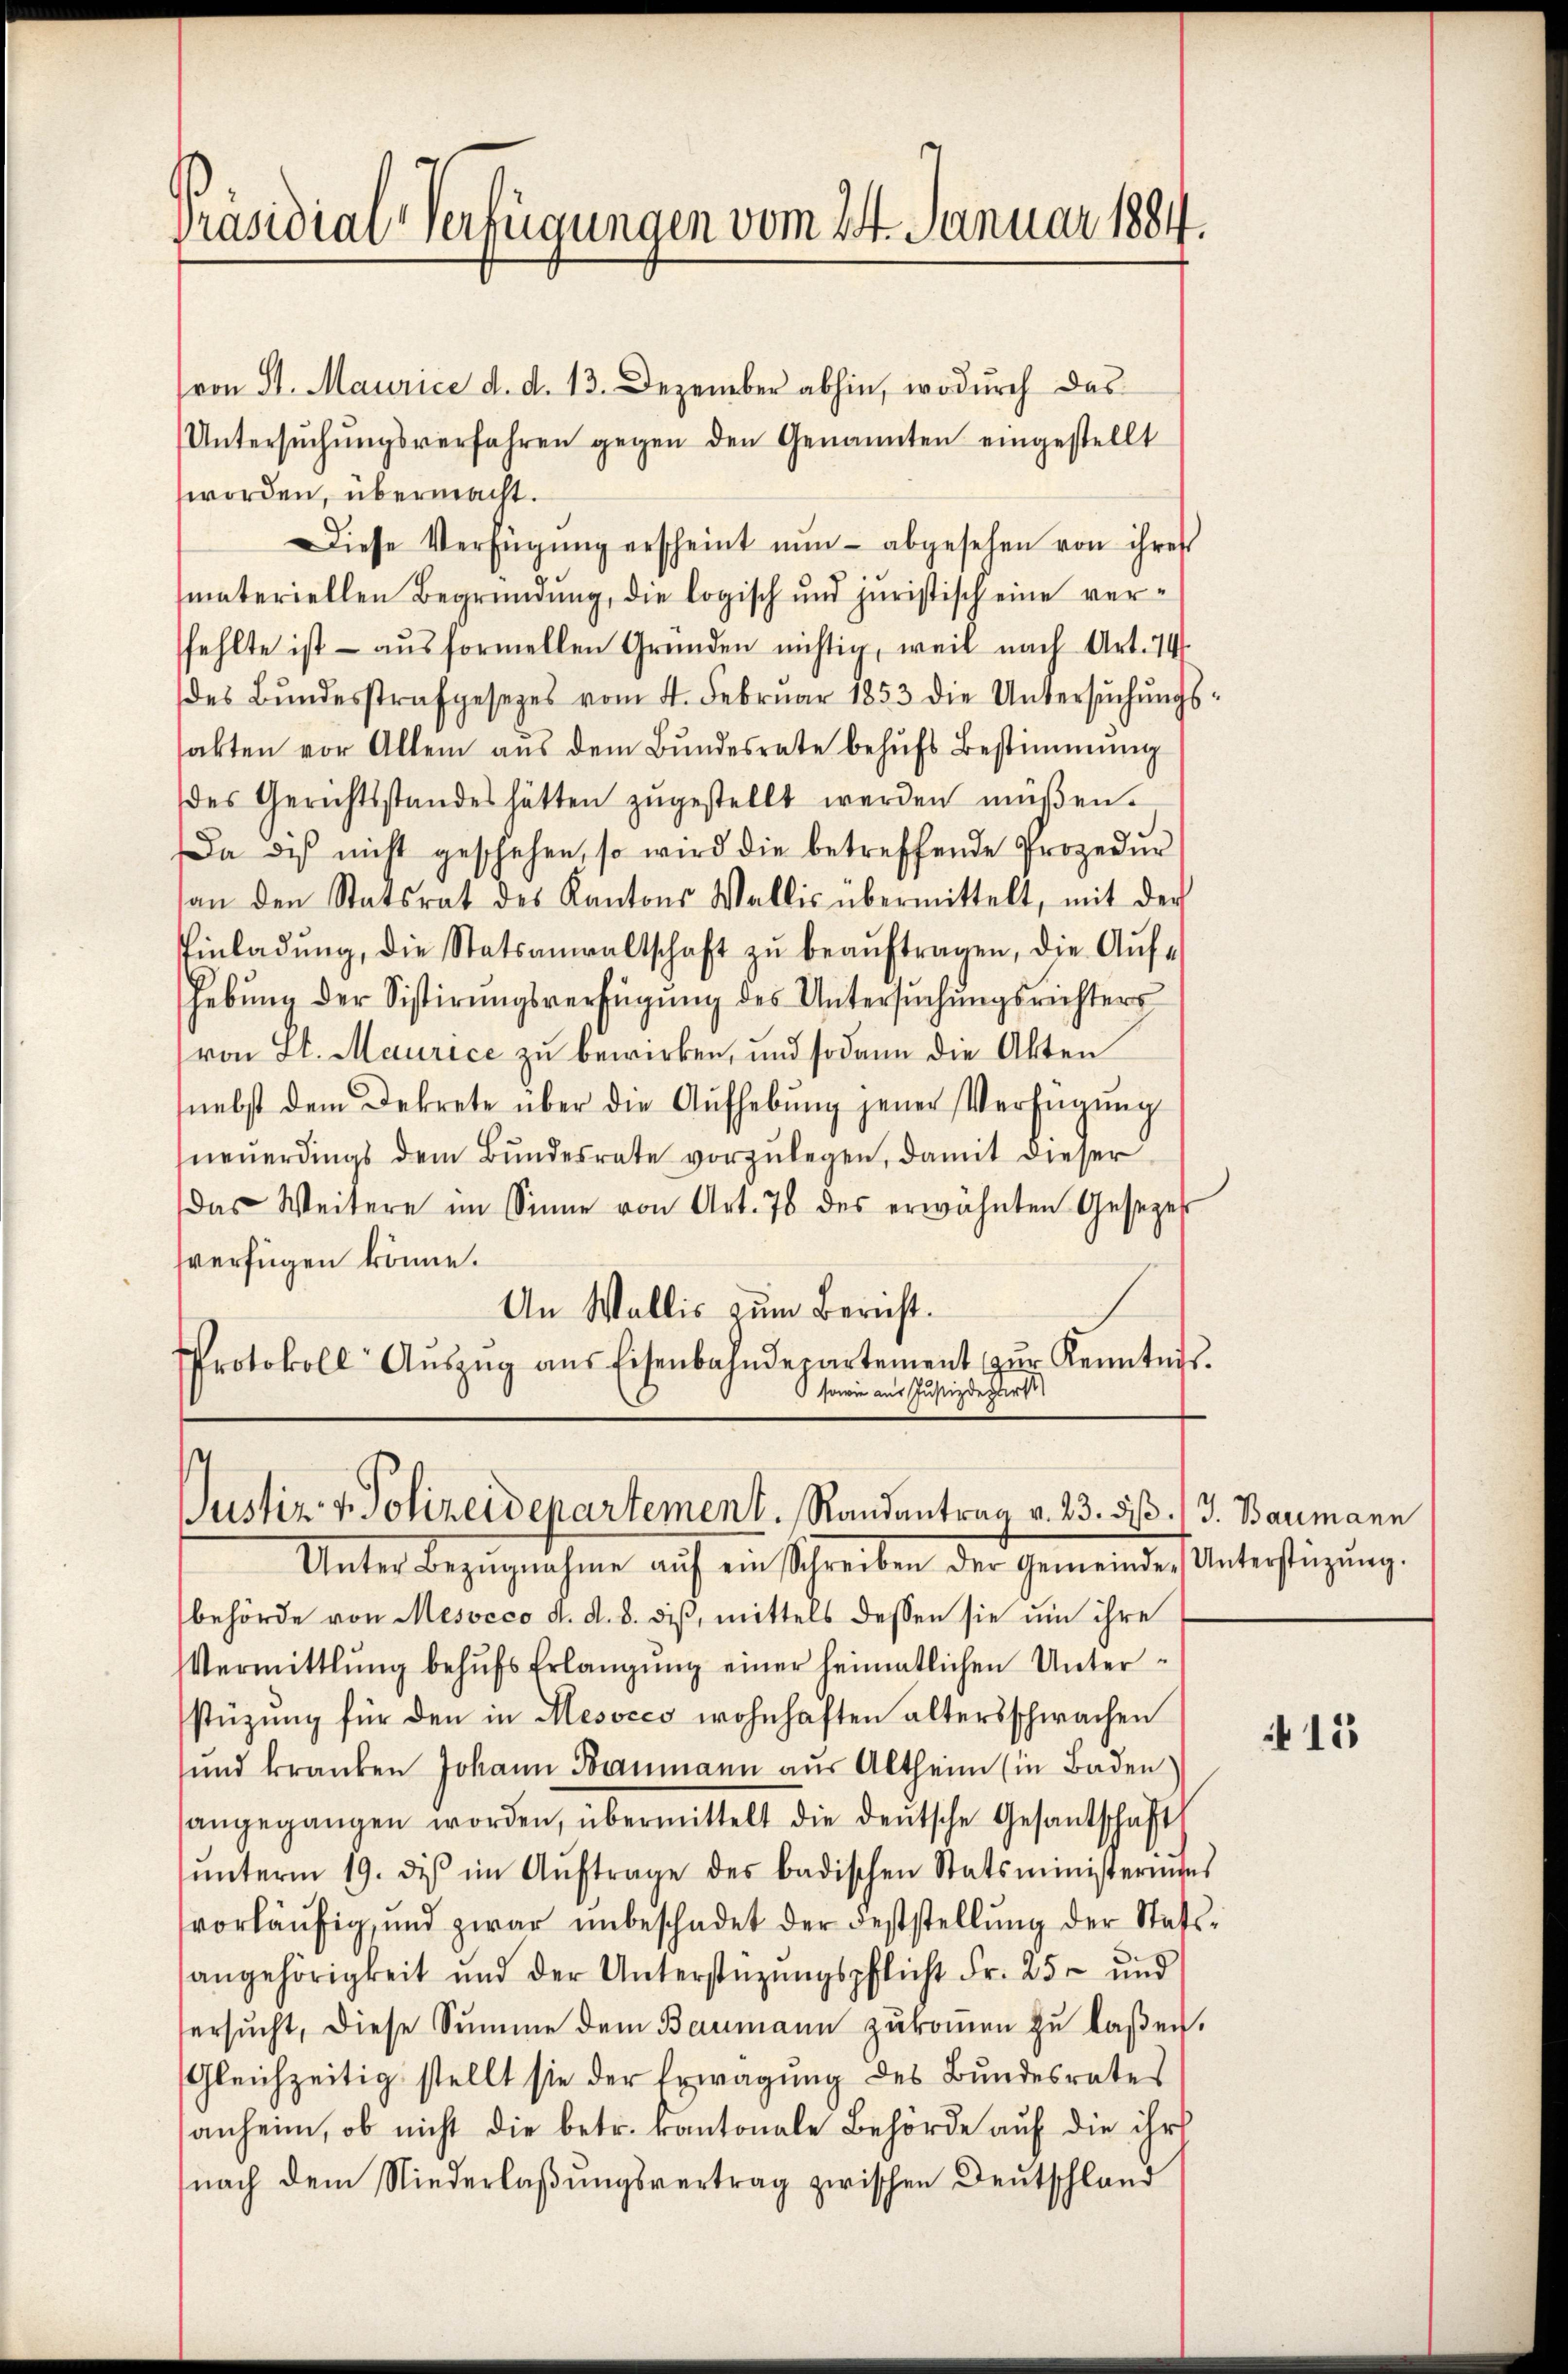
Präsidial-Verfügungen vom 24. Januar 1884.

von St. Maurice d. d. 13. Dezember abhin, wodurch das
Untersŭchŭngsverfahren gegen den Genannten eingestellt
worden, übermacht.
Diese Verfügŭng erscheint nŭn abgesehen von ihres
materiellen Begründung, die logisch und juristisch eine verfehlte ist aŭsformellen Gründen nichtig, weil nach Art. 74.
des Bŭndesstrafgesezes vom 4. Februar 1853 die Untersŭchŭngs
sakten vor Allem aŭs dem Bŭndesrate behŭfs Bestimmung
des Gerichtsstandes hätten zŭgestellt werden müßen.
Da dis nicht geschehen, so wird die betreffende Prozedur
an den Statsrat des Kantons Wallis übermittelt, mit der
Einladŭng, die Statsanwaltschaft zŭ beaŭftragen, die Aŭf-
hebŭng der Sistirŭngsverfügŭng des Untersŭchŭngsrichters
(von St. Maurice zu bewirken, und sodann die Akten
(nebst dem Dekrete über die Aŭfhebŭng jener Verfügŭng
neŭerdings dem Bŭndesrate vorzŭlegen, damit dieser
das Weitere im Sinne von Art. 78 des erwähnten Gesezes
sverfügen könne.
An Wallis zum Bericht.
Protokoll Aŭszŭg aŭs Eisenbahndepartement zŭr Kenntnis.
 sowie aus Justizdeparte

Justiz & Polizeidepartement. Randantrag v. 23. d. J. Baumann

Unter Bezŭgnahme aŭf ein Schreiben der Gemeinde-Unterstützŭng.
behörde von Mesocco d. d. 8. diβ, mittels dessen sie um ihre
Vermittlung behŭfs Erlangŭng einer heimatlichen Unter-
stüzung für den in Mesocco wohnhaften altersschwachen
und kranken Johann Baumann aus Altheim (in Baden
angegangen worden, übermittelt die deutsche Gesandschaft
ŭnterm 19. des im Aŭftrage des badischen Statsministeringes
vorläŭfig und zwar ŭnbeschadet der Feststellŭng der Statsangehörigkeit und der Unterstüzungspflicht Fr. 25 und
ersŭcht, diese Summe dem Baumann zŭkoṁen zu laßen.
Gleichzeitig stellt sie der Erwägung des Bundesrates
anheim, ob nicht die betr. kantonale Behörde auf die ihr
nach dem Niederlaßungsvertrag zwischen Deutschland

15